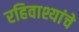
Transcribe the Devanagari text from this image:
रहिवाश्यांचे